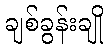
ချစ်ခွန်းချို